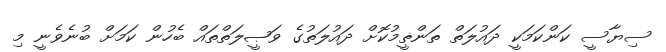
ސިޔާސީ ކަންކަމަކީ ދައުލަތް ތަންޡީމުކޮށް ދައުލަތުގެ ވަޞީލަތްތައް ބެހުން ކަމަށް ބުނެވެނީ މި